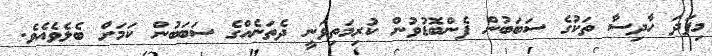
މިފަދަ ހާދިސާ ތަކުގެ ސަބަބުން ފެންބޮޑުވުން ކުރިމަތިވަނީ ދެތަނެއްގެ ސަބަބުން ކަމަށް ބެލެވެއެވެ.